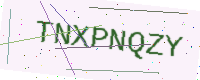
Text: TNXPNQZY